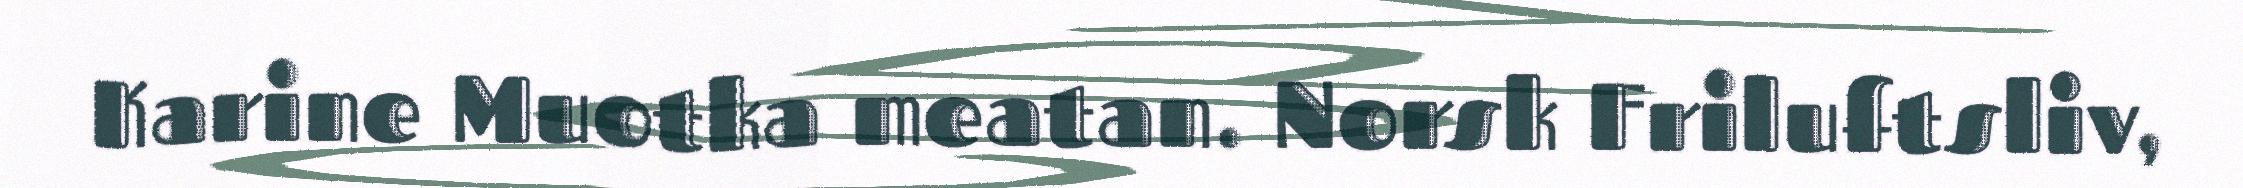
Karine Muotka meatan. Norsk Friluftsliv,